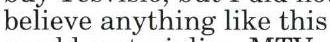
believe anything like this